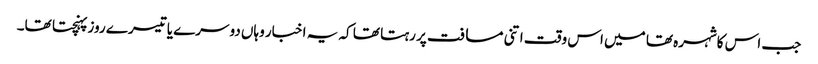
جب اس کاشہرہ تھا میں اس وقت اتنی مسافت پر رہتا تھا کہ یہ اخبار وہاں دوسرے یا تیسرے روز پہنچتا تھا۔